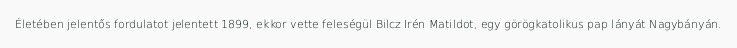
Életében jelentős fordulatot jelentett 1899, ekkor vette feleségül Bilcz Irén Matildot, egy görögkatolikus pap lányát Nagybányán.